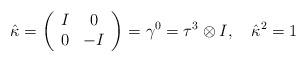
LaTeX: \begin{align*}\hat{\kappa}=\left(\begin{array}{cc}I&0\\0&-I\end{array}\right)=\gamma^0=\tau^3\otimes I, \quad \hat{\kappa}^2=1\end{align*}